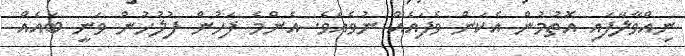
ނިއްވާލާފައި އޮތުމުން އެކަން ވެފައެއް ނުވެއެވެ. އެންމެ ފަހުން ފުލުހުން ވަނީ ބައެއް